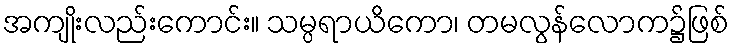
အကျိုးလည်းကောင်း။ သမ္ပရာယိကော၊ တမလွန်လောက၌ဖြစ်